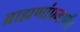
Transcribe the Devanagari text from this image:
ब्राह्मणांप्रमाणेंच